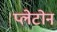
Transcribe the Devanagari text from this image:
प्लेटोन